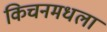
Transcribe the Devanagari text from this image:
किचनमधला